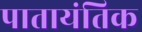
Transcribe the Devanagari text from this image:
पातायंतिक